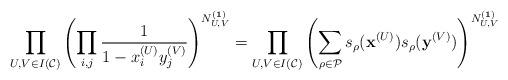
LaTeX: \begin{align*}\prod_{U,V \in I(\mathcal{C})} \left(\prod_{i,j}\frac{1}{1 - x_i^{(U)}y_j^{(V)}}\right)^{N_{U,V}^{(\mathbf{1})}}= \prod_{U,V \in I(\mathcal{C})} \left( \sum_{\rho \in \mathcal{P}} s_\rho(\mathbf{x}^{(U)}) s_\rho(\mathbf{y}^{(V)})\right)^{N_{U,V}^{(\mathbf{1})}}\end{align*}